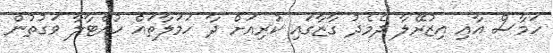
ހަމާސް އާއި އިޒުރޭލާ ދެމެދު ގާޒާގައި ކުރިއަށް ދާ ހަމަލާތައް ހުއްޓާލާ ވަގުތުން